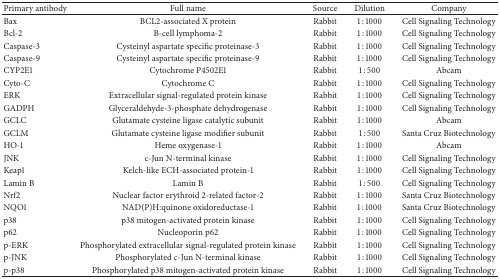
<table><thead><tr><td><b>Primary antibody</b></td><td><b>Full name</b></td><td><b>Source</b></td><td><b>Dilution</b></td><td><b>Company</b></td></tr></thead><tbody><tr><td>Bax</td><td>BCL2-associated X protein</td><td>Rabbit</td><td>1 : 1000</td><td>Cell Signaling Technology </td></tr><tr><td>Bcl-2</td><td>B-cell lymphoma-2</td><td>Rabbit</td><td>1 : 1000</td><td>Cell Signaling Technology</td></tr><tr><td>Caspase-3</td><td>Cysteinyl aspartate specific proteinase-3</td><td>Rabbit</td><td>1 : 1000</td><td>Cell Signaling Technology</td></tr><tr><td>Caspase-9</td><td>Cysteinyl aspartate specific proteinase-9</td><td>Rabbit</td><td>1 : 1000</td><td>Cell Signaling Technology</td></tr><tr><td>CYP2E1</td><td>Cytochrome P4502E1</td><td>Rabbit</td><td>1 : 500</td><td>Abcam</td></tr><tr><td>Cyto-C</td><td>Cytochrome C</td><td>Rabbit</td><td>1 : 1000</td><td>Cell Signaling Technology</td></tr><tr><td>ERK</td><td>Extracellular signal-regulated protein kinase</td><td>Rabbit</td><td>1 : 1000</td><td>Cell Signaling Technology</td></tr><tr><td>GADPH</td><td>Glyceraldehyde-3-phosphate dehydrogenase</td><td>Rabbit</td><td>1 : 1000</td><td>Cell Signaling Technology</td></tr><tr><td>GCLC</td><td>Glutamate cysteine ligase catalytic subunit</td><td>Rabbit</td><td>1 : 1000</td><td>Abcam</td></tr><tr><td>GCLM</td><td>Glutamate cysteine ligase modifier subunit</td><td>Rabbit</td><td>1 : 500</td><td>Santa Cruz Biotechnology</td></tr><tr><td>HO-1</td><td>Heme oxygenase-1</td><td>Rabbit</td><td>1 : 1000</td><td>Abcam</td></tr><tr><td>JNK</td><td>c-Jun N-terminal kinase</td><td>Rabbit</td><td>1 : 1000</td><td>Cell Signaling Technology</td></tr><tr><td>Keap1</td><td>Kelch-like ECH-associated protein-1</td><td>Rabbit</td><td>1 : 1000</td><td>Cell Signaling Technology</td></tr><tr><td>Lamin B</td><td>Lamin B</td><td>Rabbit</td><td>1 : 500</td><td>Cell Signaling Technology</td></tr><tr><td>Nrf2</td><td>Nuclear factor erythroid 2-related factor-2</td><td>Rabbit</td><td>1 : 1000</td><td>Santa Cruz Biotechnology</td></tr><tr><td>NQO1</td><td>NAD(P)H:quinone oxidoreductase-1</td><td>Rabbit</td><td>1 : 1000</td><td>Santa Cruz Biotechnology</td></tr><tr><td>p38</td><td>p38 mitogen-activated protein kinase</td><td>Rabbit</td><td>1 : 1000</td><td>Cell Signaling Technology</td></tr><tr><td>p62</td><td>Nucleoporin p62</td><td>Rabbit</td><td>1 : 1000</td><td>Cell Signaling Technology</td></tr><tr><td>p-ERK</td><td>Phosphorylated extracellular signal-regulated protein kinase</td><td>Rabbit</td><td>1 : 1000</td><td>Cell Signaling Technology</td></tr><tr><td>p-JNK</td><td>Phosphorylated c-Jun N-terminal kinase</td><td>Rabbit</td><td>1 : 1000</td><td>Cell Signaling Technology</td></tr><tr><td>p-p38</td><td>Phosphorylated p38 mitogen-activated protein kinase</td><td>Rabbit</td><td>1 : 1000</td><td>Cell Signaling Technology</td></tr></tbody></table>